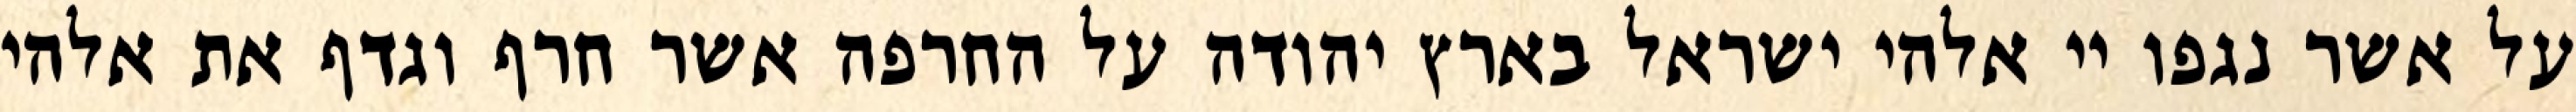
על אשר נגפו יי אלהי ישראל בארץ יהודה על החרפה אשר חרף וגדף את אלהי